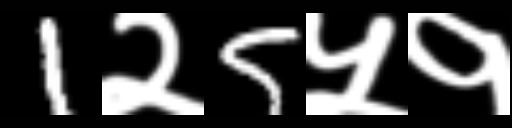
Text: 1२5५१